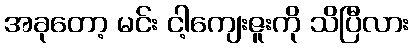
အခုတော့ မင်း ငါ့ကျေးဇူးကို သိပြီလား